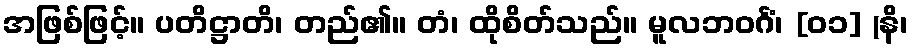
အဖြစ်ဖြင့်။ ပတိဋ္ဌာတိ၊ တည်၏။ တံ၊ ထိုစိတ်သည်။ မူလဘဝင်္ဂံ၊ [၀၁] (နိ၊